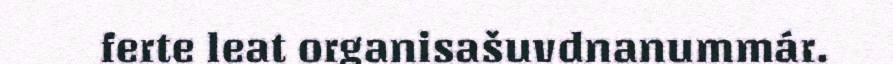
ferte leat organisašuvdnanummár.